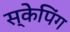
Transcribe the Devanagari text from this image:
स्केपिंग